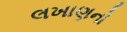
લખાણનો